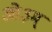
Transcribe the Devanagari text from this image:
आे३म्